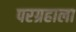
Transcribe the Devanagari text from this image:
परग्रहाला